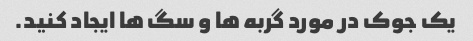
یک جوک در مورد گربه ها و سگ ها ایجاد کنید.